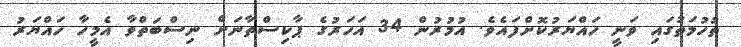
ތުހުމަތުގައި ވަނީ ހައްޔަރުކޮށްފައެވެ. އުމުރުން 34 އަހަރުގެ ޕާކިސްތާނަށް ނިސްބަތްވާ އެމީހާ ހައްޔަރު